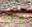
يأمل